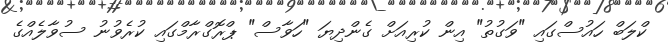
ކްލަބް ހައުސްގައި "ވަގުތު" އިން ކުރިއަށް ގެންދިޔަ "ހަވާސް" ޕްރޮގްރާމްގައި ކުރެވުނު ސުވާލެއްގެ